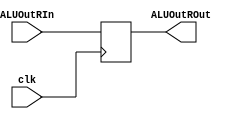
`timescale 1ns / 1ps
// Arithmetic Logic Unit Register
module ALUOutR(
    input clk,
    input [31:0] ALUOutRIn,
    output reg [31:0] ALUOutROut
    );
    
    always@(posedge clk)begin
        ALUOutROut <= ALUOutRIn;
    end
endmodule